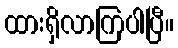
ထားရှိလာကြပါပြီ။